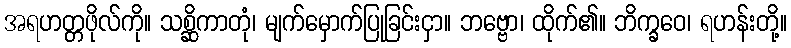
အရဟတ္တဖိုလ်ကို။ သစ္ဆိကာတုံ၊ မျက်မှောက်ပြုခြင်းငှာ။ ဘဗ္ဗော၊ ထိုက်၏။ ဘိက္ခဝေ၊ ရဟန်းတို့။